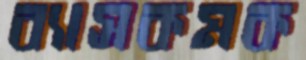
ব্যাসকমক